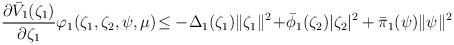
LaTeX: \begin{align*}\frac{\partial \bar{V}_{1}(\zeta_{1})}{\partial \zeta_{1}}\varphi_{1}(\zeta_{1},\zeta_{2},\psi,\mu)\!\leq&-\!\Delta_{1}(\zeta_{1})\|\zeta_{1}\|^{2}\!+\!\bar{\phi}_{1}(\zeta_{2})|\zeta_{2}|^{2}+\bar{\pi}_{1}(\psi)\|\psi\|^{2}\end{align*}